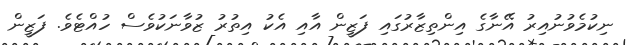
ނިކުމެވުނުއިރު އޭނާގެ އިންތިޒާރުގައި ފަޒީން އާއި އެކު އިތުރު ޒުވާނަކުވެސް ހުއްޓެވެ. ފަޒީން